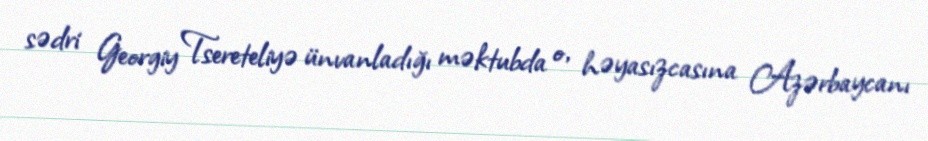
sədri Georgiy Tsereteliyə ünvanladığı məktubda o, həyasızcasına Azərbaycanı